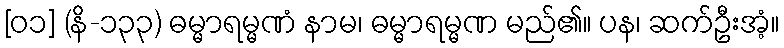
[၀၁] (နိ-၁၃၃) ဓမ္မာရမ္မဏံ နာမ၊ ဓမ္မာရမ္မဏ မည်၏။ ပန၊ ဆက်ဦးအံ့။